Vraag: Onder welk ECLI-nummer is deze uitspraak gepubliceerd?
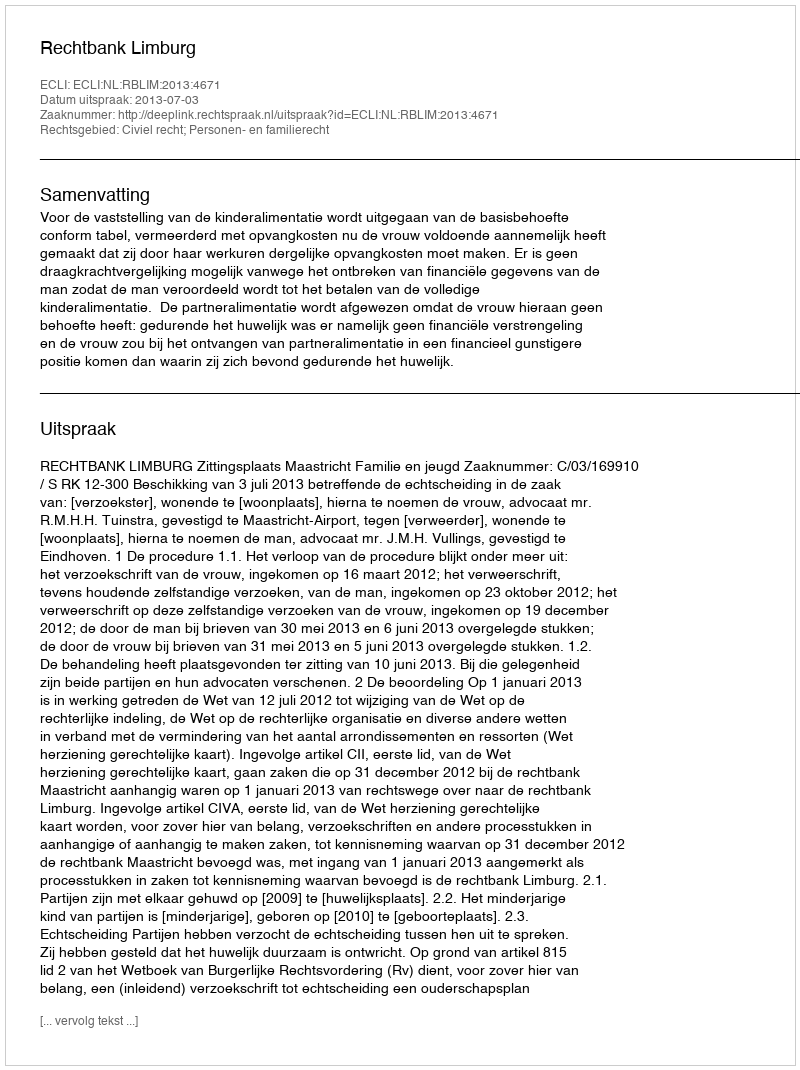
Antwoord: ECLI:NL:RBLIM:2013:4671